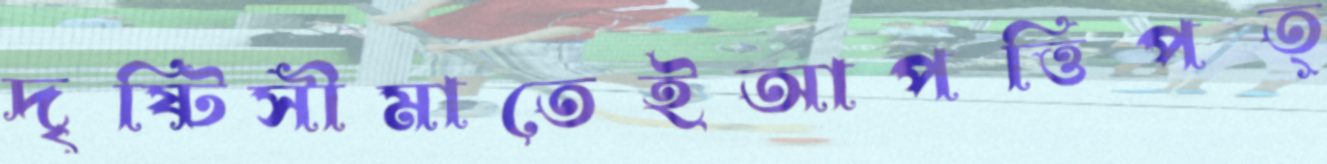
দৃষ্টিসীমাতেইআপত্তিপত্